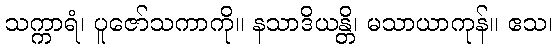
သက္ကာရံ၊ ပူဇော်သကာကို။ နသာဒိယန္တိ၊ မသာယာကုန်။ ဧသ၊